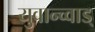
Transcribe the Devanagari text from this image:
युवान्च्वाड्